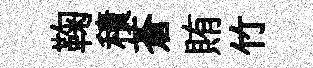
鞠積蒼賄竹